Vaike-Kullamaa_(Vaikna)_vallavalitsus, lk 42
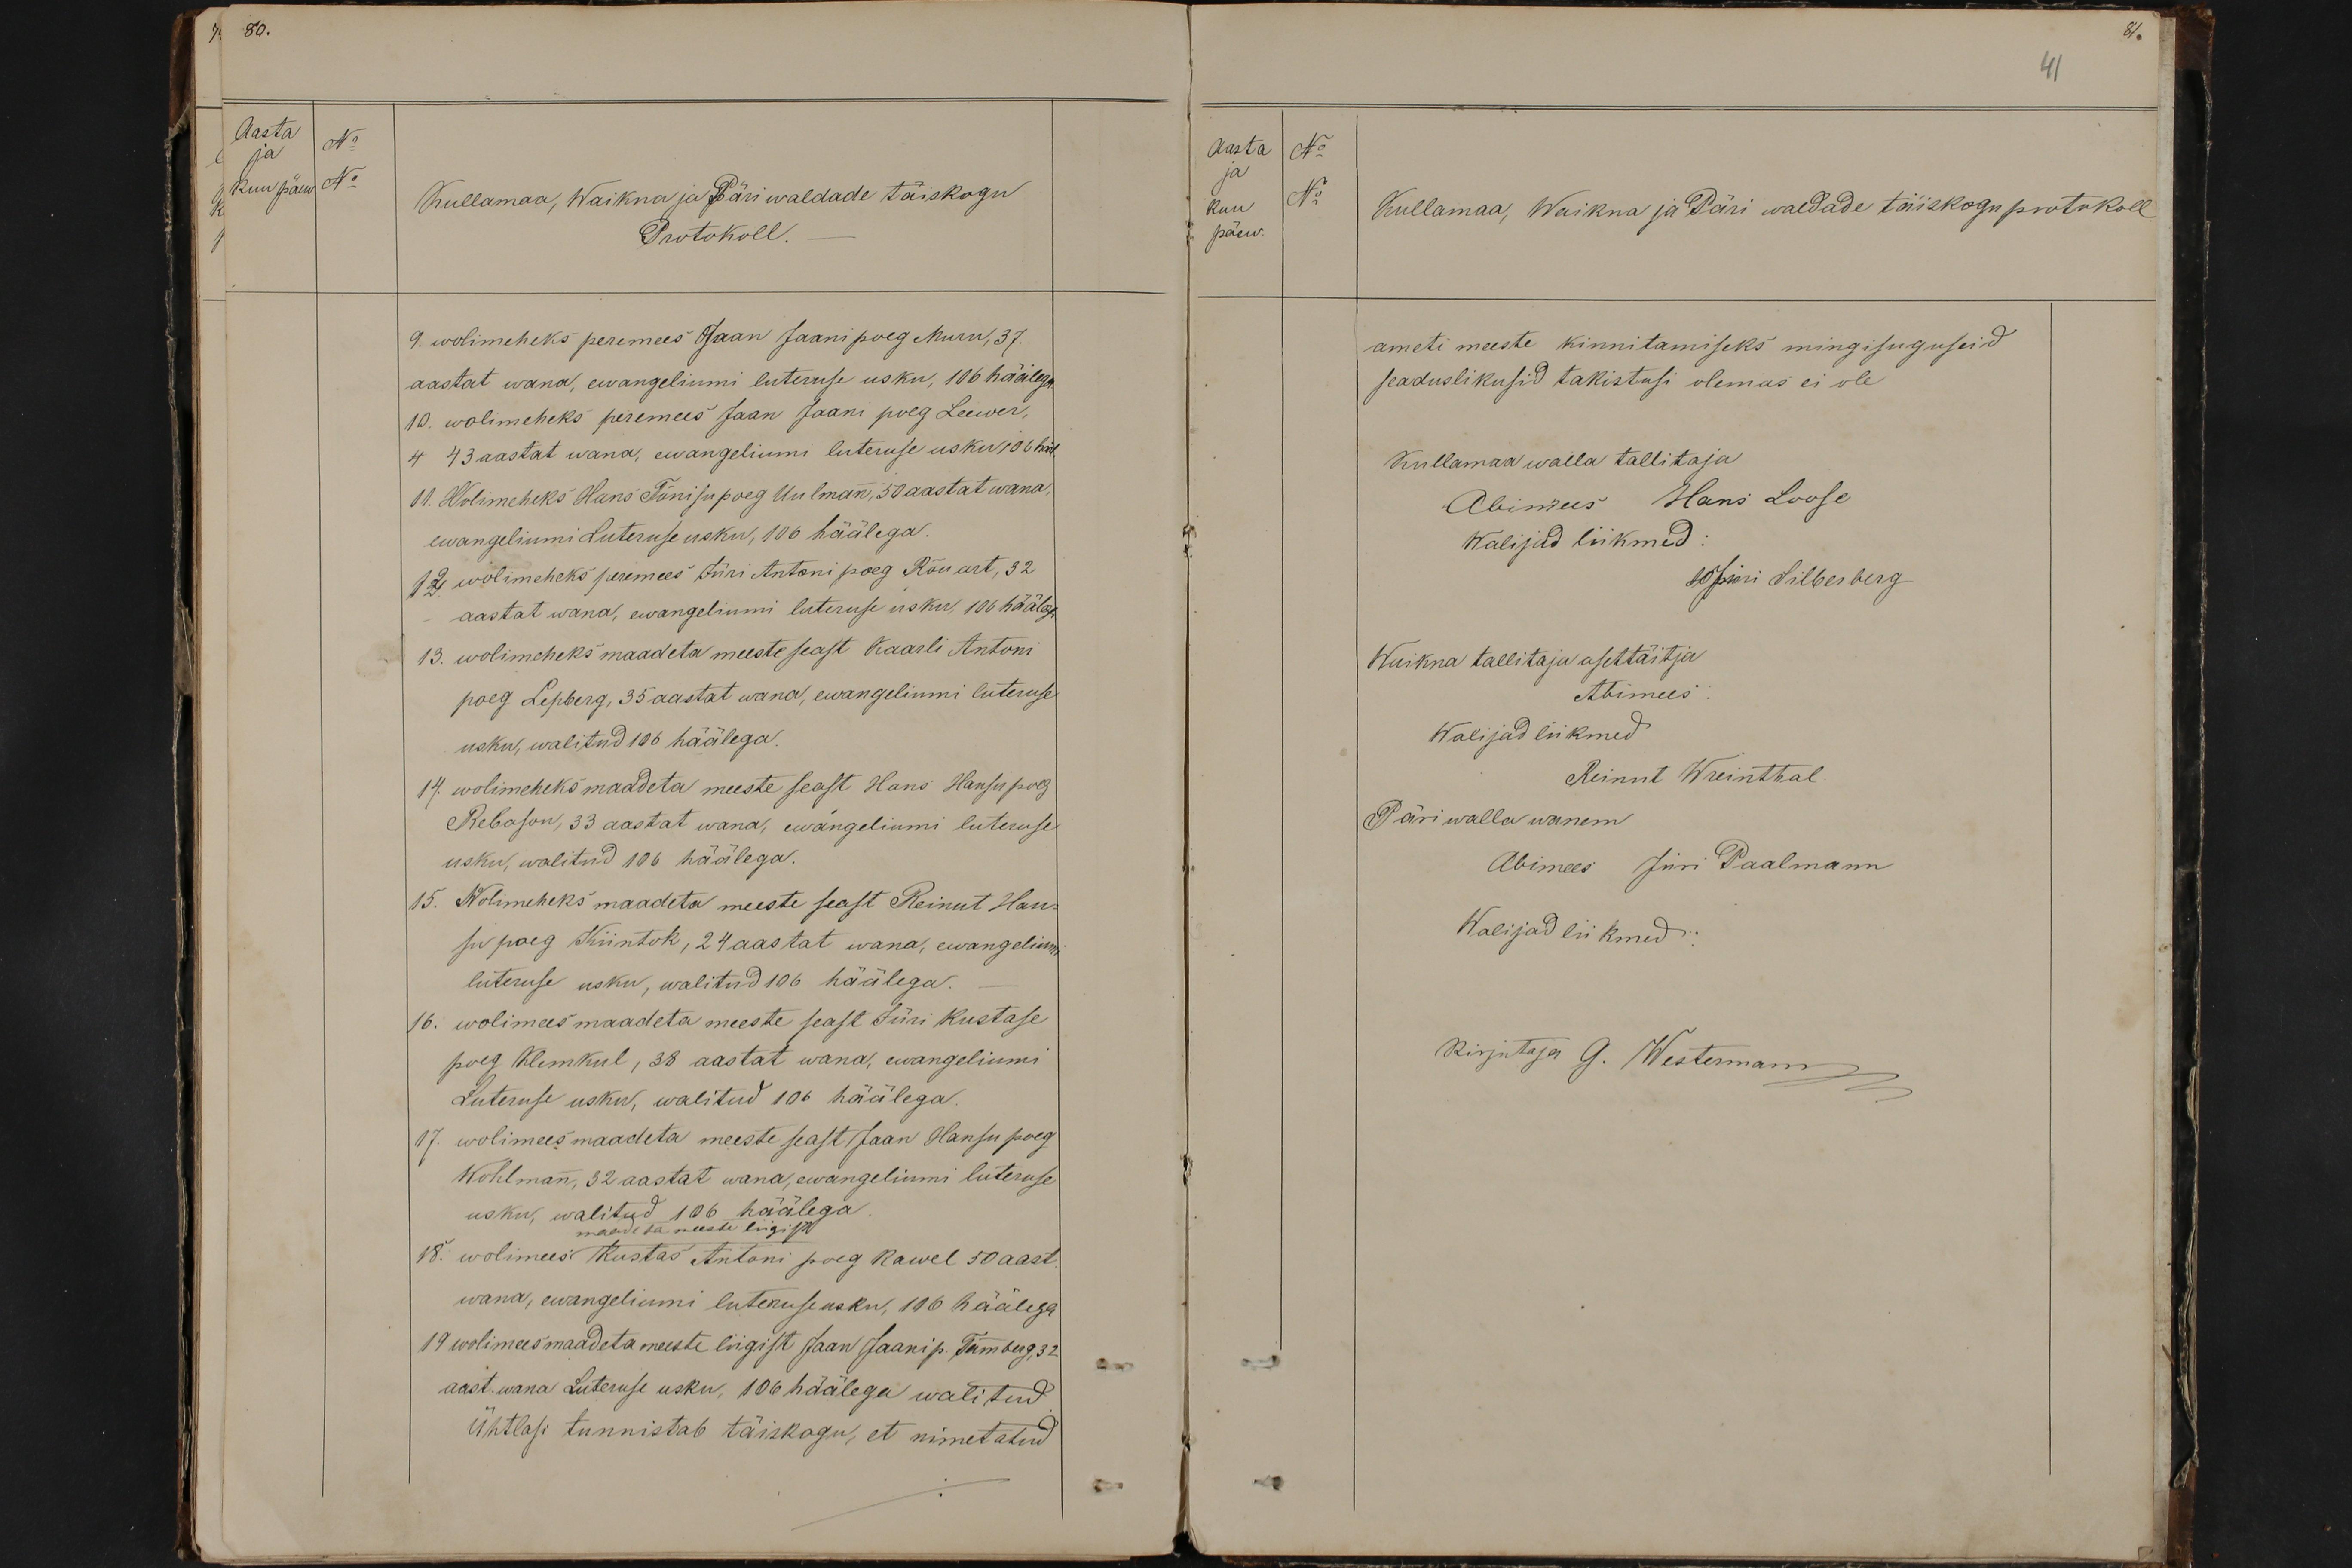
80.
Aasta
ja
No
Kuu päew
No
Kullamaa, Waikna ja Päri waldade täiskogu
Protokoll.
9. wolimeheks peremees Jaan Jaani poeg Muru, 37.
aastat wana, ewangeliumi luteruse usku, 106 häälega
10. wolimeheks peremees Jaan Jaani poeg Leewer,
4 43 aastat wana, ewangeliumi luteruse usku 106 hääl.
11. Wolimeheks Hans Tõnisu poeg Uulman, 50 aastat wana.
ewangeliumi Luteruse usku,106 häälega.
12 wolimeheks peremees Jüri Antoni poeg Rõuart, 32
aastat wana, ewangeliumi luteruse usku, 106 häälaga.
13. wolimeheks maadeta meeste seast Kaarli Antoni
poeg Lepberg, 35 aastat wana, ewangeliumi luteruse
usku, walitud 106 häälega.
14. wolimeheks maadeta meeste seast Hans Hansu poeg
Rebason, 33 aastat wana, ewangeliumi luteruse
usku, walitud 106 häälega.
15. Wolimeheks maadeta meeste seast Reinut Hans-
su poeg Kiintok, 24 aastat wana, ewangelium
luteruse usku, walitud 106 häälega.
16. wolimees maadeta meeste seast Jüri Kustase
poeg Klemkul, 38 aastat wana, ewangeliumi
Luteruse usku, walitud 106 häälega.
17. wolimees maadeta meeste seast Jaan Hansu poeg
Wohlmann, 32 aastat wana, ewangeliumi luteruse
usku, walitud 106 häälega
maadeta meeste liigist
18. wolimees Kustas Antoni poeg Kawel 50 aast
wana, ewangeliumi luteruse usku, 116 häälega
19 wolimees maadeta meeste liigist Jaan Jaani p. Tombeg 32
aast. wana Luteruse usku, 106 häälega walitud
Ühtlasi tunnistab täiskogu, et nimetatud

41
Aasta
No
ja
kuu
No
Kullamaa, Waikna ja Päri waldade täiskogu protokoll
päew
ameti meeste kinnitamiseks mingisuguseid
seaduslikusid takistusi olemas ei ole
Kullamaa walla tallitaja
Abimees Hans Loose
Walijad liikmed:
10 Jüri Silberberg
Waikna tallitaja asettäitja
Abimees
Walijad liikmed
Reinut Wreinthal
Päri walla wanem
Abimees Jüri Paalmann
Walijad liikmed:
Kirjutaja G. Westermann